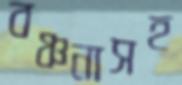
বঞ্চনাসহ